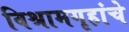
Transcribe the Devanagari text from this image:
विश्रामगृहांचे